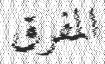
المفرق